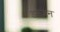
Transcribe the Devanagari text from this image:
डन्जन